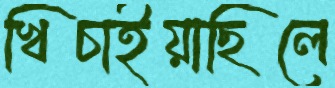
খিচাইয়াছিলে